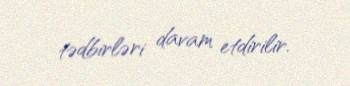
tədbirləri davam etdirilir.